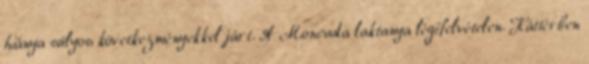
hiánya súlyos következményekkel járt. A Moncada laktanya légifelvételen. Háttérben